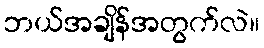
ဘယ်အချိန်အတွက်လဲ။